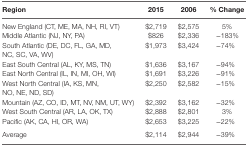
<table><thead><tr><td><b>Region</b></td><td><b>2015</b></td><td><b>2006</b></td><td><b>% Change</b></td></tr></thead><tbody><tr><td>New England (CT, ME, MA, NH, RI, VT)</td><td>$2,719</td><td>$2,575</td><td>5%</td></tr><tr><td>Middle Atlantic (NJ, NY, PA)</td><td>$826</td><td>$2,336</td><td>−183%</td></tr><tr><td>South Atlantic (DE, DC, FL, GA, MD, NC, SC, VA, WV)</td><td>$1,973</td><td>$3,424</td><td>−74%</td></tr><tr><td>East South Central (AL, KY, MS, TN)</td><td>$1,636</td><td>$3,167</td><td>−94%</td></tr><tr><td>East North Central (IL, IN, MI, OH, WI)</td><td>$1,691</td><td>$3,226</td><td>−91%</td></tr><tr><td>West North Central (IA, KS, MN, NO, NE, ND, SD)</td><td>$2,250</td><td>$2,582</td><td>−15%</td></tr><tr><td>Mountain (AZ, CO, ID, MT, NV, NM, UT, WY)</td><td>$2,392</td><td>$3,162</td><td>−32%</td></tr><tr><td>West South Central (AR, LA, OK, TX)</td><td>$2,888</td><td>$2,801</td><td>3%</td></tr><tr><td>Pacific (AK, CA, HI, OR, WA)</td><td>$2,653</td><td>$3,225</td><td>−22%</td></tr><tr><td>Average</td><td>$2,114</td><td>$2,944</td><td>−39%</td></tr></tbody></table>